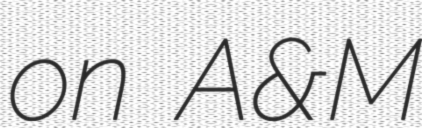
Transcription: on A&M